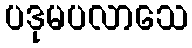
ပဒုမပလာသေ